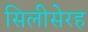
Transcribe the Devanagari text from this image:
सिलीसेरह